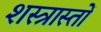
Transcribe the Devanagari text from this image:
शस्त्रास्तों